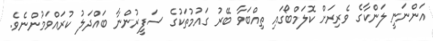
އަންނަނީ ލަންކާގެ ވެރިރަށް ކޮލަމްބޯގައި ތިއްބަވާ ބޭރު ގައުމުތަކުގެ ސަފީރުންނާ ބައްދަލު ކުރައްވަމުންނެވެ.